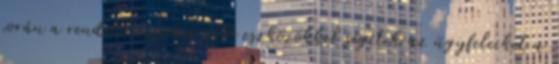
során a rendelkezésükre álló eszközökkel segítik az ügyfeleiket a